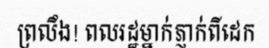
ព្រលឹង! ពលរដ្ឋម្នាក់ភ្ញាក់ពីដេក